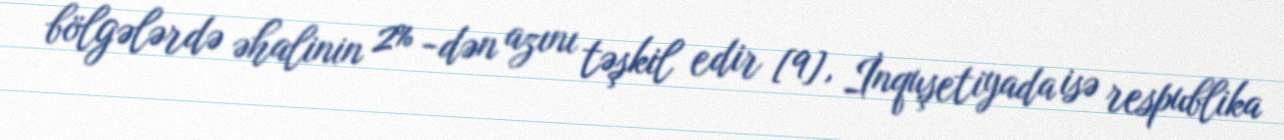
bölgələrdə əhalinin 2% -dən azını təşkil edir [9], İnquşetiyada isə respublika